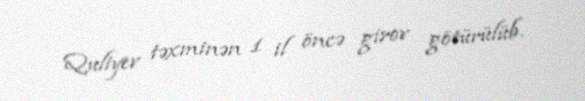
Quliyev təxminən 1 il öncə girov götürülüb.